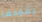
يقودها